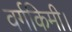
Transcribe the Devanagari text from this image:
वर्गकिमी।